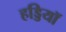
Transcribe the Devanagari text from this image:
हड्डियॉ